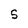
Character: S